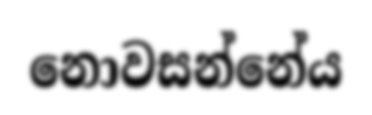
නොවසන්නේය